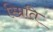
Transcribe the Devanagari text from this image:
स्म्रिति